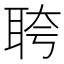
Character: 𬚗